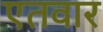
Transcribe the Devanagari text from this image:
एतवार